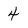
Character: 4